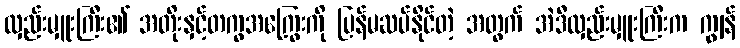
လှည်းမှူးကြီး၏ အတိုးနှင့်တကွအကြွေးကို ပြန်မဆပ်နိုင်တဲ့ အတွက် အဲဒီလှည်းမှူးကြီးက ကျွန်